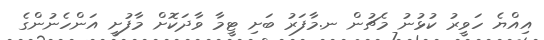
އިއްޔެ ހަވީރު ކުޅުނު މެޗުން ނ.މާފަރު ބަށި ޓީމާ ވާދަކޮށް މާފުށީ އަންހެނުންގެ